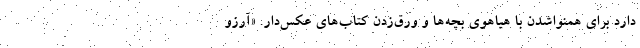
دارد برای همنواشدن با هیاهوی بچه‌ها و ورق‌زدن کتاب‌های عکس‌دار. «آرزو